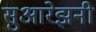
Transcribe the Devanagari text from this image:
सुआरेझनी